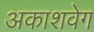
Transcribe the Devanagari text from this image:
अकाशवेग